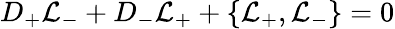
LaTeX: D_{+}{\cal L}_{-}+D_{-}{\cal L}_{+}+\{ {\cal L}_{+},{\cal L}_{-}\} =0